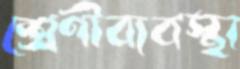
শ্রেণীব্যবস্থা